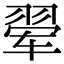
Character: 翚